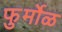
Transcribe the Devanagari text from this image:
फुर्मोळ